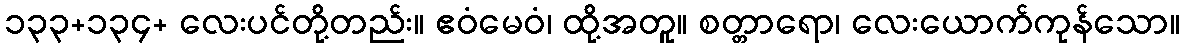
၁၃၃+၁၃၄+ လေးပင်တို့တည်း။ ဧဝံမေဝံ၊ ထို့အတူ။ စတ္တာရော၊ လေးယောက်ကုန်သော။